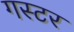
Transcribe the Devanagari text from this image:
गस्टर